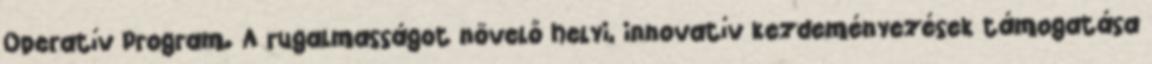
Operatív Program. A rugalmasságot növelő helyi, innovatív kezdeményezések támogatása